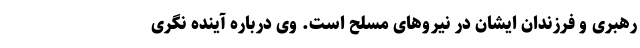
رهبری و فرزندان ایشان در نیرو‌های مسلح است. وی درباره آینده نگری